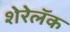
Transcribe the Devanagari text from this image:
शेरेलॅक